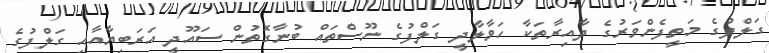
ގަލްފުގެ މަތީފެންވަރުގެ ދާއިރާތަކާ ހަވާލާދީ ގަލްފުގެ ނޫސްތައް ބުނާގޮތުން ސައޫދީ އަރަބިޔާއާއި ގަލްފުގެ